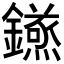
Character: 𮣝